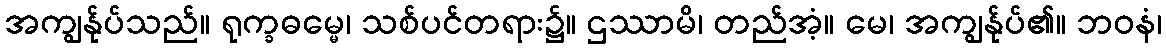
အကျွန်ုပ်သည်။ ရုက္ခဓမ္မေ၊ သစ်ပင်တရား၌။ ဌဿာမိ၊ တည်အံ့။ မေ၊ အကျွန်ုပ်၏။ ဘဝနံ၊